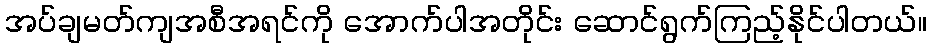
အပ်ချမတ်ကျအစီအရင်ကို အောက်ပါအတိုင်း ဆောင်ရွက်ကြည့်နိုင်ပါတယ်။